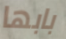
بابها